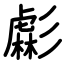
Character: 虨